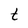
Character: t